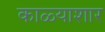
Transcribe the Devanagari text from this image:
काळ्याशार